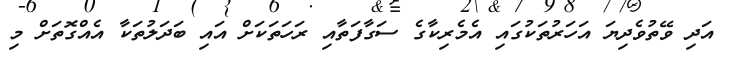
އަދި ވޭތުވެދިޔަ އަހަރުތަކުގައި އެމެރިކާގެ ސަގާފަތާއި ރަހަތަކަށް އައި ބަދަލުތަކާ އެއްގޮތަށް މި